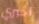
أخبري